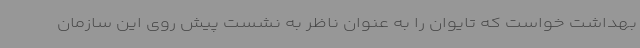
بهداشت خواست که تایوان را به عنوان ناظر به نشست پیش روی این سازمان